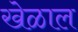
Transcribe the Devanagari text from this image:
खेळाल